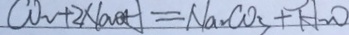
C O _ { 2 } + 2 \times 2 N a O H = N a _ { 2 } C o _ { 3 } + H _ { 2 } O